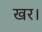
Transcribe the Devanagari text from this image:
खर।